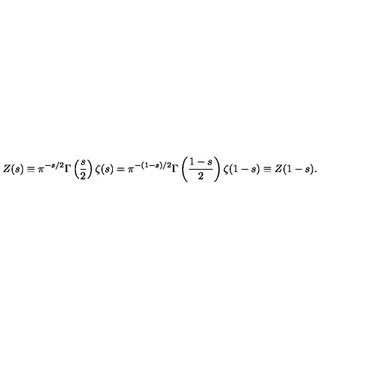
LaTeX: Z ( s ) \equiv \pi ^ { - s / 2 } \Gamma \left( \frac { s } { 2 } \right) \zeta ( s ) = \pi ^ { - ( 1 - s ) / 2 } \Gamma \left( \frac { 1 - s } { 2 } \right) \zeta ( 1 - s ) \equiv Z ( 1 - s ) .